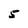
Character: 5